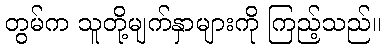
တွမ်က သူတို့မျက်နှာများကို ကြည့်သည်။